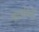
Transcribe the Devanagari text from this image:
संदर्भाचेही